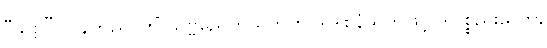
“သဗ္ဗ” လိန်တည်၊ ကိံ သဗ္ဗညေကယကုဟိ ဒါဒါစနံသုတ်ဖြင့် ဒါပစ္စည်းသက်,